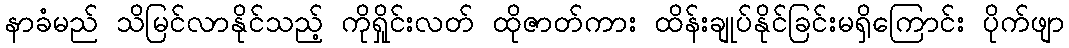
နာခံမည် သိမြင်လာနိုင်သည့် ကိုရှိုင်းလတ် ထိုဇာတ်ကား ထိန်းချုပ်နိုင်ခြင်းမရှိကြောင်း ပိုက်ဖျာ